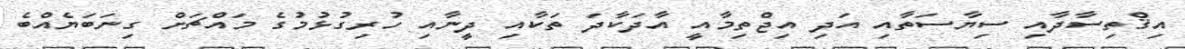
އިޤްތިސާދާއި ސިޔާސަތާއި އަދި އިޖްތިމާއީ އާދަކާދަ ތަކާއި ދީނާއި ހުރިގުޅުމުގެ މައްޗަށް ގިނަބަޔެއްބެ